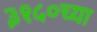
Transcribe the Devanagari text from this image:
३१५०च्या